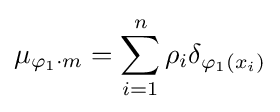
\mu _{\varphi _{1}\cdot m}=\sum _{i=1}^{n}\rho _{i}\delta _{\varphi _{1}(x_{i})}